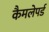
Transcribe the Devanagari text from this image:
कैमलेपर्ड